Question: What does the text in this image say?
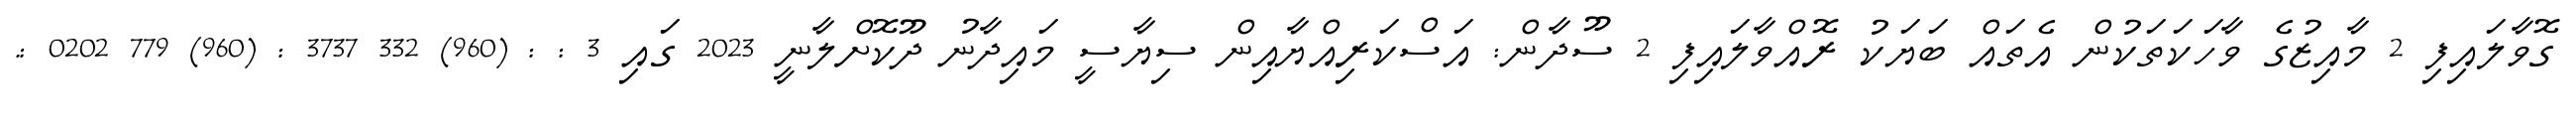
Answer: ގޮވާލައިފި 2 މާއިޒުގެ ވާހަކަތަކުން އެތައް ބަޔަކު ރޮއްވާލައިފި 2 ސޫދާން: އަސްކަރިއްޔާއިން ސިޔާސީ މައިދާނު ދޫކޮށްލާނީ 2023 ގައި 3 : : (960) 332 3737 : (960) 779 0202 :.